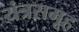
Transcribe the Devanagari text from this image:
यंत्रसमूह